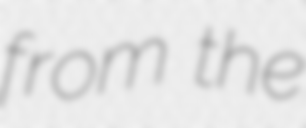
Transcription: from the